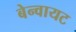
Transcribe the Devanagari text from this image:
बेन्वायट